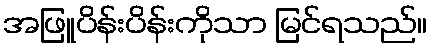
အဖြူပိန်းပိန်းကိုသာ မြင်ရသည်။